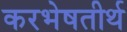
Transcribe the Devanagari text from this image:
करभेषतीर्थ